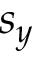
s _ { y }